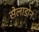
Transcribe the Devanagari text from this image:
सेलाडोन